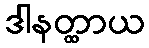
ဒါနတ္ထာယ